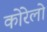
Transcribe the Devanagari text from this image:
कोरेलो